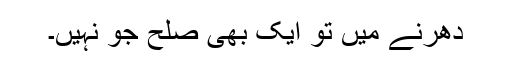
دھرنے میں تو ایک بھی صلح جو نہیں۔